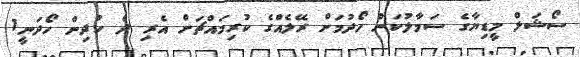
ސޯޝަލް މީޑިޔާގެ ސަމާލުކަން ހޯދުމަށް ރޭލެއްގެ ކުރިމައްޗަށް އެރި ދެ ކުދިން ހޯދަނީ1